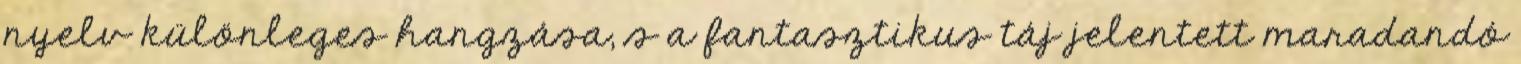
nyelv különleges hangzása, s a fantasztikus táj jelentett maradandó